Leprosy in India: report of the Leprosy Commission in India, 1890-91
Year: 1890
Disease focus: Leprosy
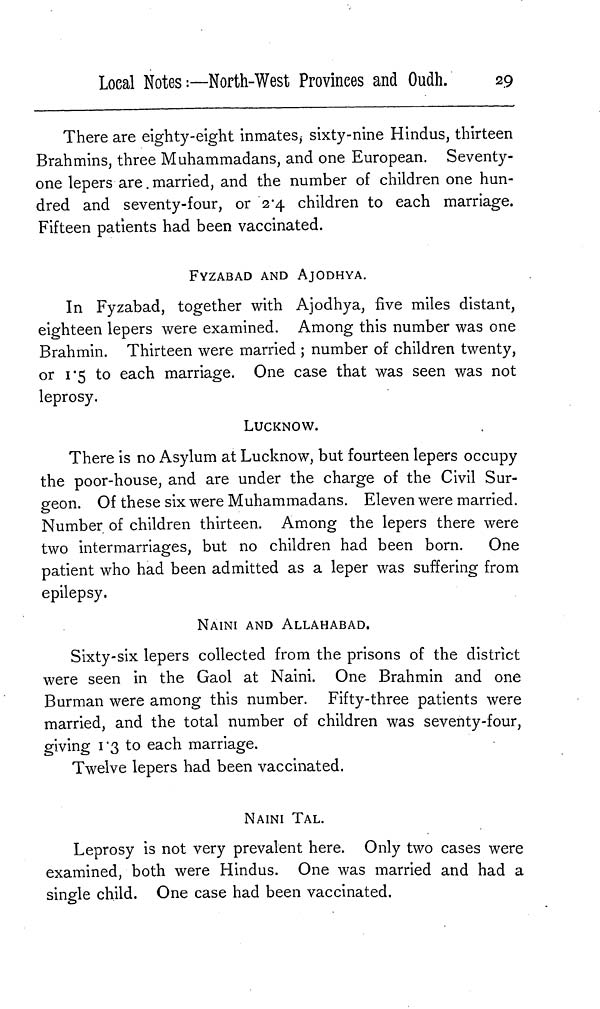
Loeal Notes :—North-West Provinces and Oudh.
29
There are eighty-eight inmates,- sixty-nine Hindus, thirteen
Brahmins, three Muhammadans, and one European. Seventy-
one lepers are. married, and the number of children one hun-
dred and seventy-four, or 2.4 children to each marriage.
Fifteen patients had been vaccinated.
FYZABAD AND AJODHYA.
In Fyzabad, together with Ajodhya, five miles distant,
eighteen lepers were examined. Among this number was one
Brahmin. Thirteen were married ; number of children twenty,
or i*5 to each marriage. One case that was seen was not
leprosy.
LUCKNOW.
There is no Asylum at Lucknow, but fourteen lepers occupy
the poor-house, and are under the charge of the Civil Sur-
geon. Of these six were Muhammadans. Eleven were married.
Number of children thirteen. Among the lepers there were
two intermarriages, but no children had been born. One
patient who had been admitted as a leper was suffering from
epilepsy.
NAINI AND ALLAHABAD.
Sixty-six lepers collected from the prisons of the district
were seen in the Gaol at Naini. One Brahmin and one
Burman were among this number. Fifty-three patients were
married, and the total number of children was seventy-four,
giving 1.3 to each marriage.
Twelve lepers had been vaccinated.
NAINI TAL.
Leprosy is not very prevalent here. Only two cases were
examined, both were Hindus. One was married and had a
single child. One case had been vaccinated.